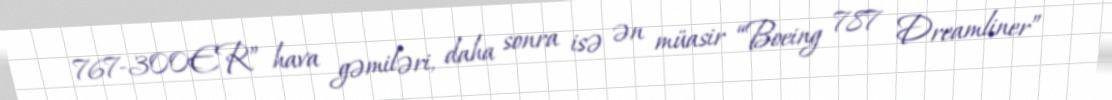
767-300ER” hava gəmiləri, daha sonra isə ən müasir “Boeing 787 Dreamliner”